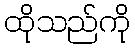
ထိုသည်ကို